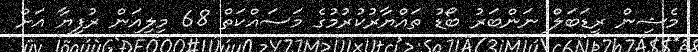
މެޝިން ރީޑަބަލް ނަންބަރު ބޯޑު ތައްޔާރުކުރުމުގެ މަސައްކަތް 68 މިލިއަން ރުފިޔާ އަށް